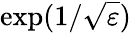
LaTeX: \exp(1/\sqrt{\varepsilon})